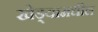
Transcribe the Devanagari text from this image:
खेड्यामधील